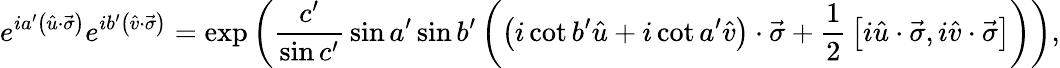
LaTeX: e^{ia^{\prime}\left({\hat{u}}\cdot{\vec{\sigma}}\right)}e^{ib^{\prime}\left({\hat{v}}\cdot{\vec{\sigma}}\right)}=\exp\left({\frac{c^{\prime}}{\sin c^{\prime}}}\sin a^{\prime}\sin b^{\prime}\left(\left(i\cot b^{\prime}{\hat{u}}+i\cot a^{\prime}{\hat{v}}\right)\cdot{\vec{\sigma}}+{\frac{1}{2}}\left[i{\hat{u}}\cdot{\vec{\sigma}},i{\hat{v}}\cdot{\vec{\sigma}}\right]\right)\right),